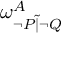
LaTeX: \omega _ { \lnot P { \widetilde { | } } \lnot Q } ^ { A }